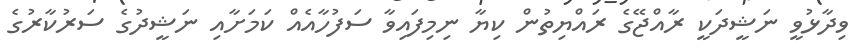
ވިދާޅުވީ ނަޝީދަކީ ރާއްޖޭގެ ރައްޔިތުން ކިޔާ ނިމިފައިވާ ސަފުހާއެއް ކަމަށާއި ނަޝީދުގެ ސަރުކާރުގެ